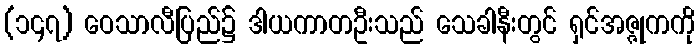
(၁၄၇) ဝေသာလီပြည်၌ ဒါယကာတဦးသည် သေခါနီးတွင် ရှင်အဇ္ဇုကကို